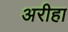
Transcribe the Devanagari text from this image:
अरीहा